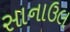
સાનાઉલ